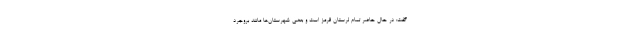
گفت: در حال حاضر تمام لرستان قرمز است و بعضی شهرستان‌ها مانند بروجرد